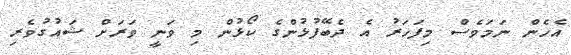
އެހެން ނަމަވެސް މިފަހަރު އެ ދެބޭފުޅުންގެ ކޯޅުން މި ވަނީ ވަރަށް ޝައުގުވެރި